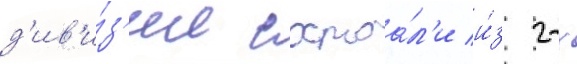
д'ив'и́з'ии состоа́л'и и́з 2-х